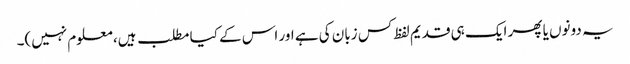
یہ دونوں یا پھر ایک ہی قدیم لفظ کس زبان کی ہے اور اس کے کیا مطلب ہیں، معلوم نہیں)۔